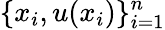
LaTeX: \{ x_{i},u(x_{i})\} _{i=1}^{n}